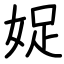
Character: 娖